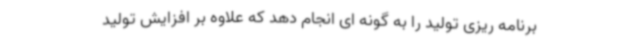
برنامه ریزی تولید را به گونه ای انجام دهد که علاوه بر افزایش تولید